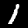
Digit: 1